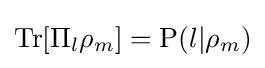
\displaystyle \mathrm {Tr} [\Pi _{l}\rho _{m}]=\mathrm {P} (l|\rho _{m})